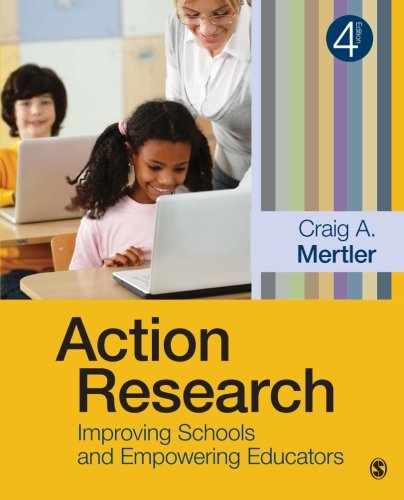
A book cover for Action Research: Improving Schools and Empowering Educators; Craig A. Mertler; Business & Money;